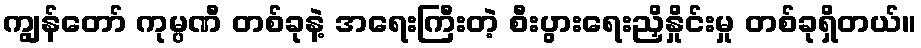
ကျွန်တော် ကုမ္ပဏီ တစ်ခုနဲ့ အရေးကြီးတဲ့ စီးပွားရေးညှိနှိုင်းမှု တစ်ခုရှိတယ်။